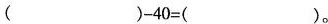
$$（ ）-40=（ ）$$